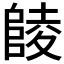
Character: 𱀘